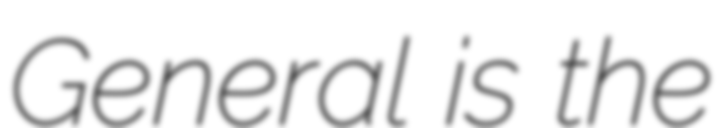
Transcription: General is the